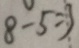
8 - 5 = 3